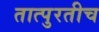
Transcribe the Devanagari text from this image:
तात्पुरतीच